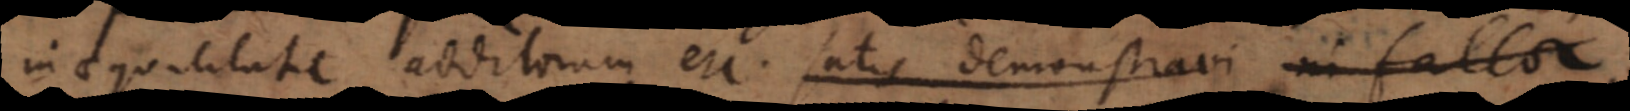
inaequalitate additorum etc. satis demonstravi ni fallor,